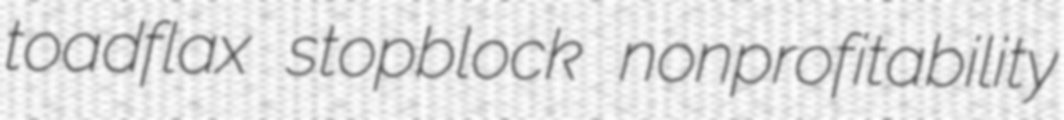
toadflax stopblock nonprofitability